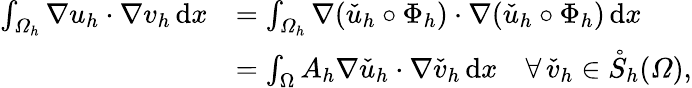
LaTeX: \begin{array}{rl}{\int_{\varOmega_{h}}\nabla u_{h}\cdot\nabla v_{h}\, \mathrm{d}x}&{=\int_{\varOmega_{h}}\nabla(\check{u}_{h}\circ\Phi_{h})\cdot\nabla(\check{u}_{h}\circ\Phi_{h})\, \mathrm{d}x}\\ &{=\int_{\Omega}A_{h}\nabla\check{u}_{h}\cdot\nabla\check{v}_{h}\, \mathrm{d}x\quad\forall\, \check{v}_{h}\in\mathring S_{h}(\varOmega),}\end{array}